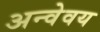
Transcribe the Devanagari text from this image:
अन्वेवय